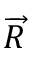
\overrightarrow { R }